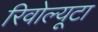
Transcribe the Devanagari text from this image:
रिवोल्यूटा